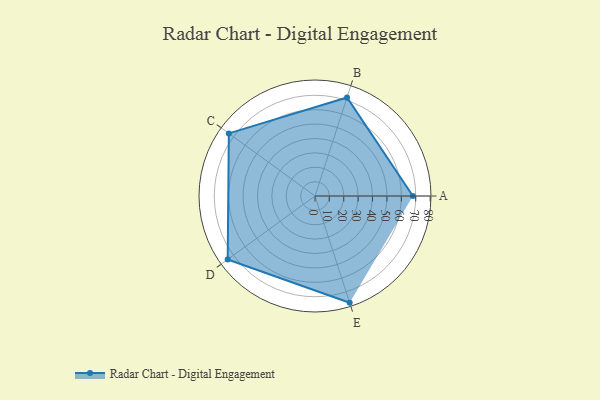
{"axis": {"x": "Skill", "y": "Score"}, "legend": ["Profile"], "data": [{"x": "A", "y": 68.0, "type": "Profile"}, {"x": "B", "y": 72.0, "type": "Profile"}, {"x": "C", "y": 74.0, "type": "Profile"}, {"x": "D", "y": 75.0, "type": "Profile"}, {"x": "E", "y": 78.0, "type": "Profile"}]}